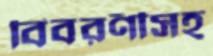
বিবরণীসহ